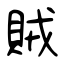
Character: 賊